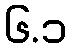
၆.၁